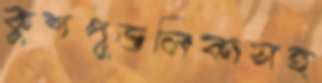
কুশপুত্তলিকাসহ